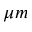
\mu m